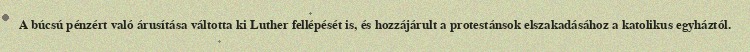
A búcsú pénzért való árusítása váltotta ki Luther fellépését is, és hozzájárult a protestánsok elszakadásához a katolikus egyháztól.